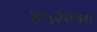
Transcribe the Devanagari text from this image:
४५२०१०